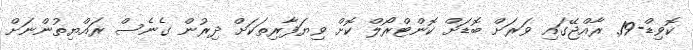
ކޮވިޑް-19